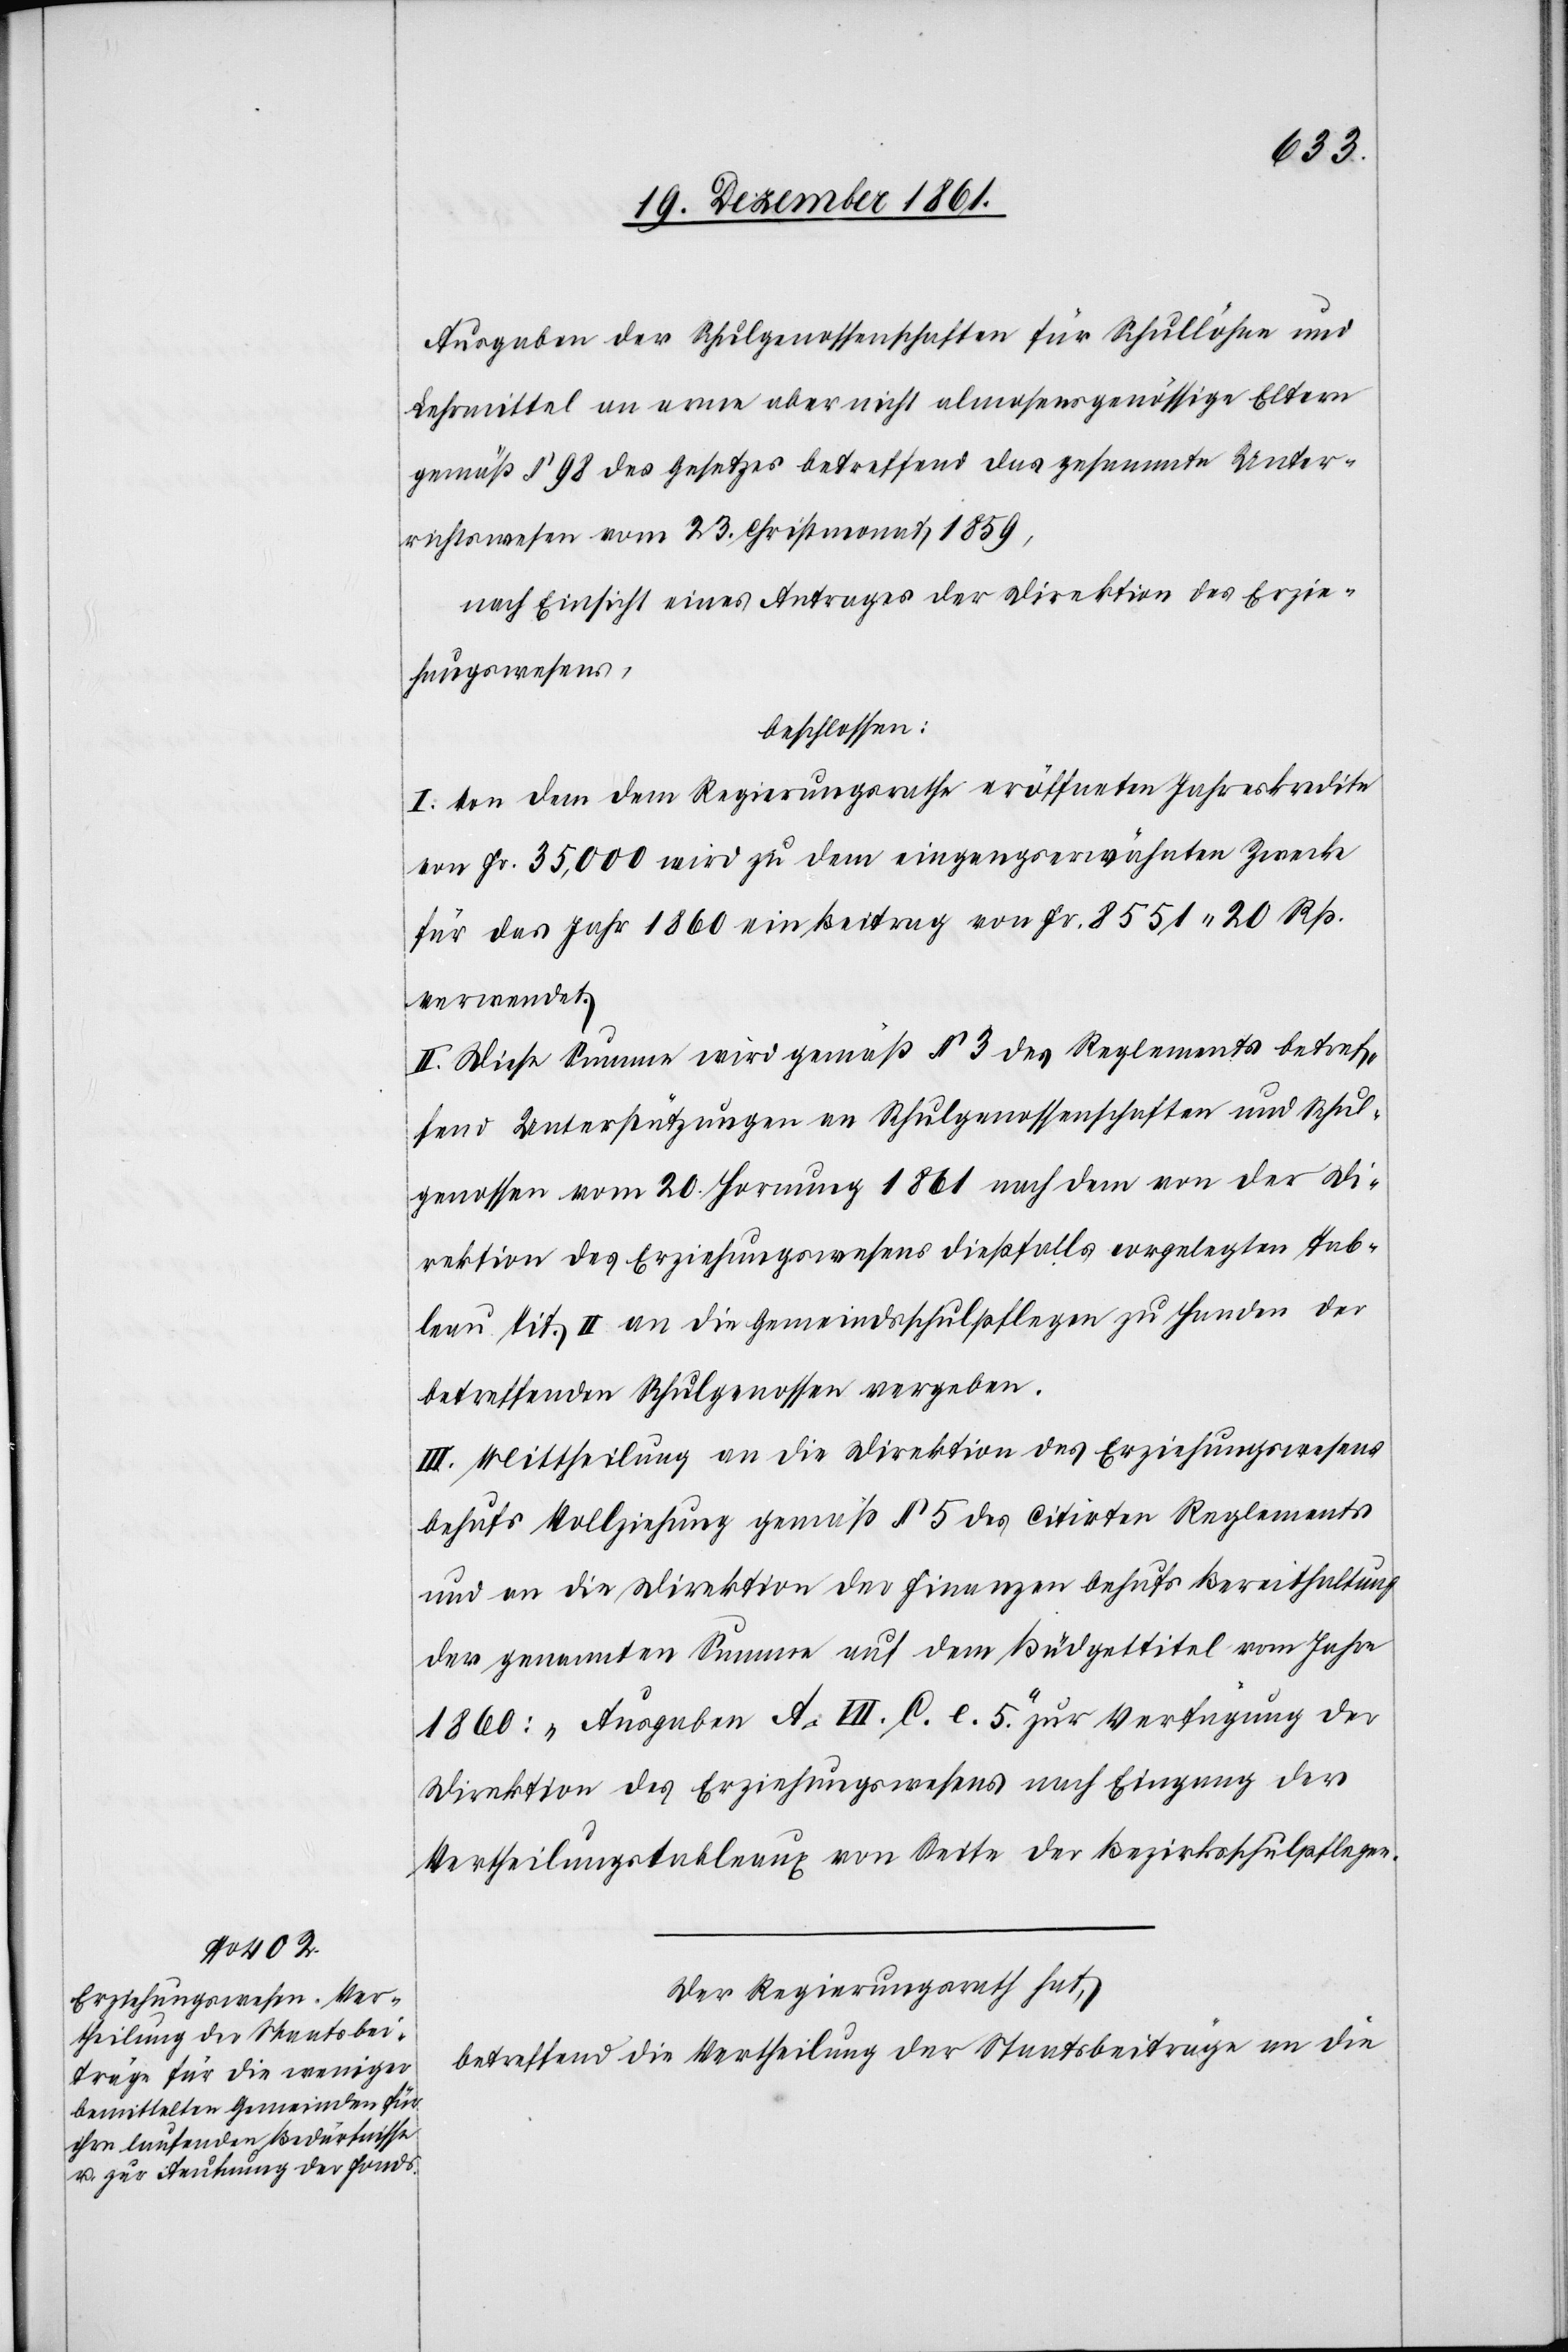
Ausgaben der Schulgenossenschaft für Schullöhne und
Lehrmittel an arme nicht almosensgenössige Eltern
gemäß § 98 des Gesetzes betreffend das gesammte Unter¬
richtswesen vom 23 Christmonat 1859,
nach Einsicht eines Antrages der Direktion des Erzie¬
hungswesens,
beschlossen:
I. Von den dem Regierungsrathe eröffneten Jahreskredite
von Fr. 35,000 wird zu dem eingangserwähnten Zwecke
für das Jahr 1860 ein Beitrag von Fr. 8551. 20 Rp.
verwendet.
II. Diese Summe wird gemäß § 3 des Reglements betref¬
fend Unterstützungen an Schulgenossenschaften und Schul¬
genossen vom 20 Hornung 1861 nach dem von der Di¬
rektion des Erziehungswesens dießfalls vorgelegten Tab¬
leau Tit. II an die Gemeindsschulpflege zu Handen der
betreffenden Schulgenossen vergeben.
III. Mittheilung an die Direktion des Erziehungswesens
behufs Vollziehung gemäß § 5 des citirten Reglements
und an die Direktion der Finanzen behufs Bereithaltung
der genannten Summe auf dem Büdgettitel vom Jahre
1860: „Ausgaben A. VII. C. e. 5.“ Zur Verfügung der
Direktion des Erziehungswesens nach Eingang der
Vertheilungstableaux von Seite der Bezirksschulpflege.
Der Regierungsrath hat,
betreffend die Vertheilung der Staatsbeiträge an die